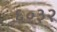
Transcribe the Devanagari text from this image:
६०३२